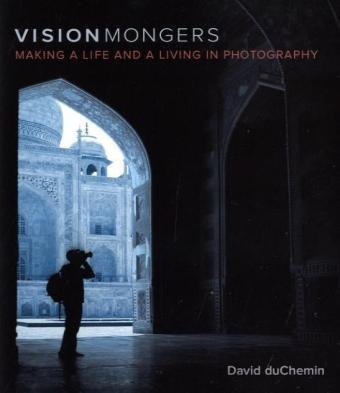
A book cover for VisionMongers: Making a Life and a Living in Photography; David duChemin; Arts & Photography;